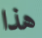
هذا